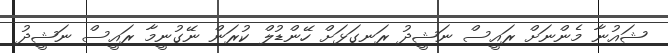
ޝައުނާ މެންނަށް ރައީސް ނަޝީދު ރަނގަޅަށް ހޭންޑުލް ކުރަން ނޭގުނީމާ ރައީސް ނަޝީދު